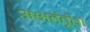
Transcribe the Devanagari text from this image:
अक्षतंतूंचा